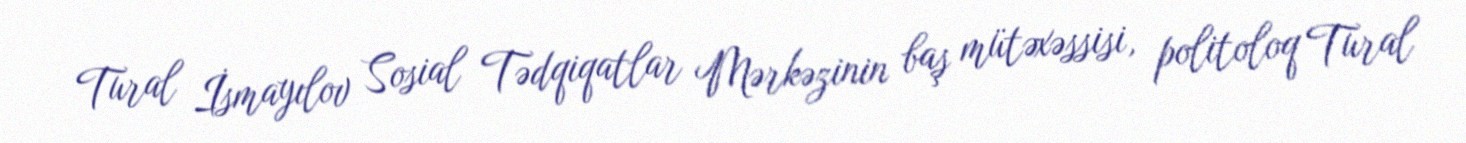
Tural İsmayılov Sosial Tədqiqatlar Mərkəzinin baş mütəxəssisi, politoloq Tural